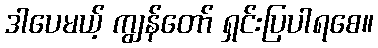
ဒါပေမယ့် ကျွန်တော် ရှင်းပြပါရစေ။